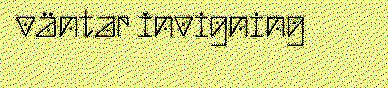
väntar invigning